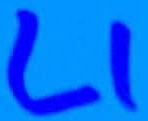
Text: L1